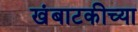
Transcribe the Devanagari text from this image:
खंबाटकीच्या